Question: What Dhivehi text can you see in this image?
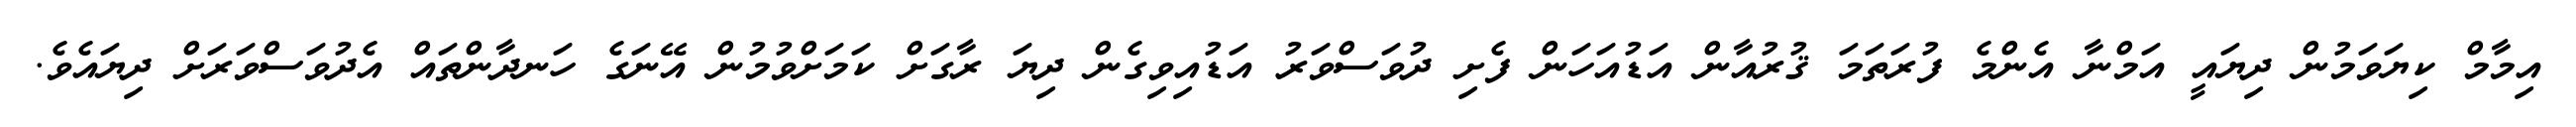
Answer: އިމާމް ކިޔަވަމުން ދިޔައީ އަމްނާ އެންމެ ފުރަތަމަ ޤުރުއާން އަޑުއަހަން ފެށި ދުވަސްވަރު އަޑުއިވިގެން ދިޔަ ރާގަށް ކަމަށްވުމުން އޭނަގެ ހަނދާންތައް އެދުވަސްވަރަށް ދިޔައެވެ.